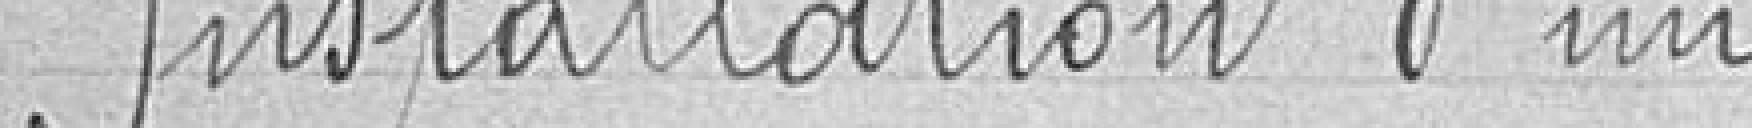
Installation d'une